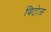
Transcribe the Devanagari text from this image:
विटोज़